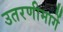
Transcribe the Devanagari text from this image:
उतरणीमार्गे